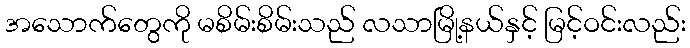
အသောက်တွေကို မစိမ်းစိမ်းသည် လသာမြို့နယ်နှင့် မြင့်ဝင်းလည်း